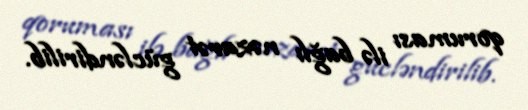
qoruması ilə bağlı nəzarət gücləndirilib.